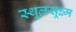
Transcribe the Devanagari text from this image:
स्थूलसूक्ष्म